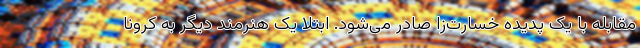
مقابله با یک پدیده خسارت‌زا صادر می‌شود. ابتلا یک هنرمند دیگر به کرونا